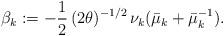
LaTeX: \begin{align*}\beta_k:=-\frac{1}{2}\,(2\theta)^{-1/2}\,\nu_k(\bar{\mu}_k+\bar{\mu}_k^{-1}).\end{align*}